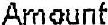
AMOUNT